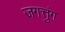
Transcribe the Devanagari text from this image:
जगत्तुंग